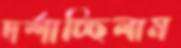
দর্শাচ্ছিলাম